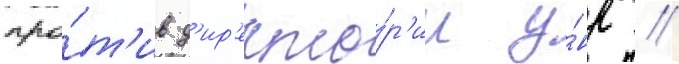
про́т'ив д'ир'екто́р'ии у́нр //